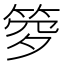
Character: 𥭹